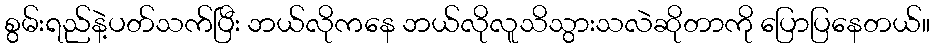
စွမ်းရည်နဲ့ပတ်သက်ပြီး ဘယ်လိုကနေ ဘယ်လိုလူသိသွားသလဲဆိုတာကို ပြောပြနေတယ်။